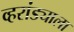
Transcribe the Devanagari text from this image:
व्हरांड्याला